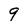
Character: 9